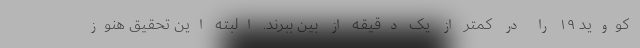
کووید ۱۹ را در کمتر از یک دقیقه از بین ببرند. البته این تحقیق هنوز